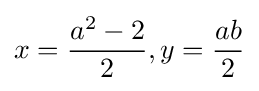
x={\frac {a^{2}-2}{2}},y={\frac {ab}{2}}